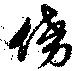
傍